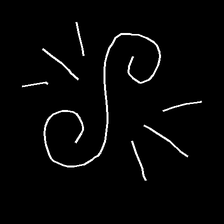
Glyph: wind-directs-air